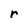
Character: r